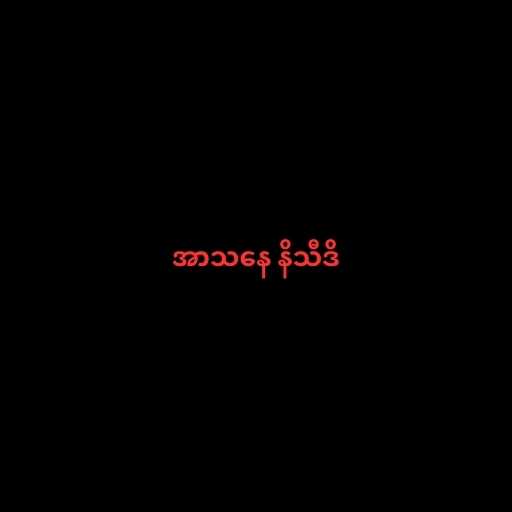
အာသနေ နိသီဒိ